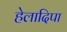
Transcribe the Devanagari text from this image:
हेलादिपा